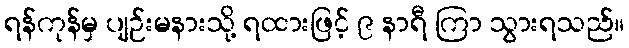
ရန်ကုန်မှ ပျဉ်းမနားသို့ ရထားဖြင့် ၉ နာရီ ကြာ သွားရသည်။